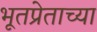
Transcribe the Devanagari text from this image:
भूतप्रेताच्या